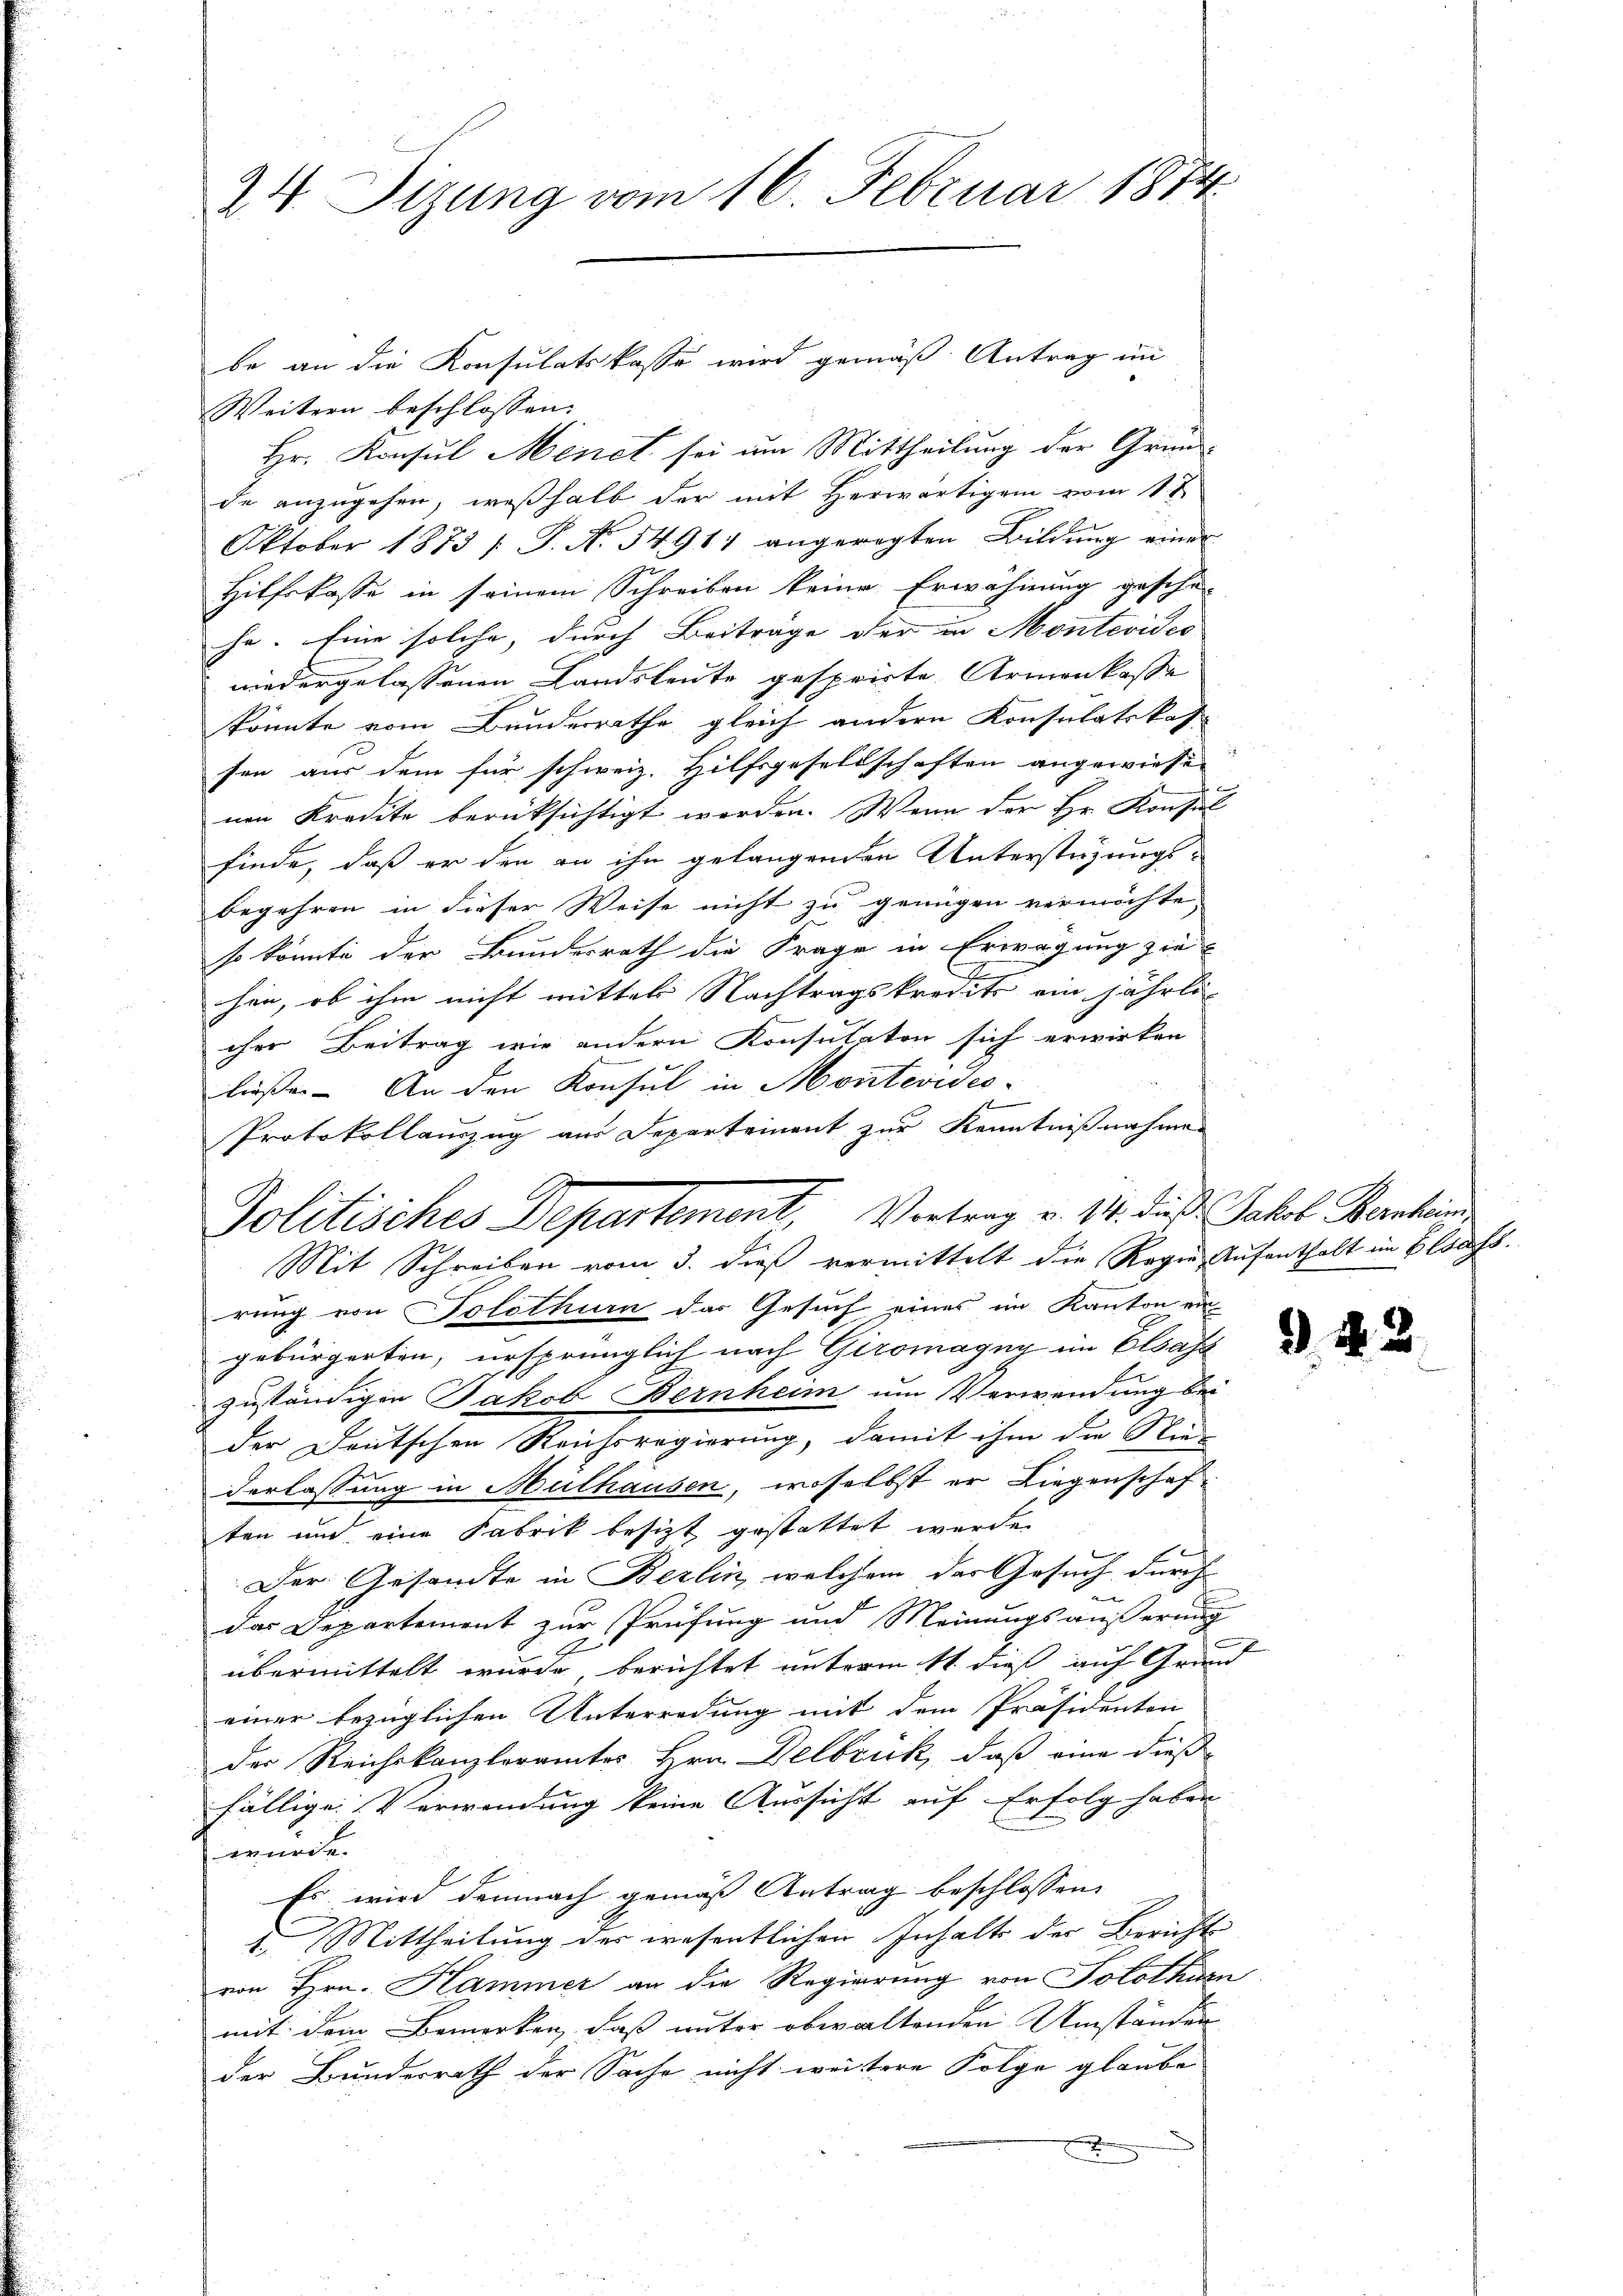
24 Sizung vom 16. Februar 1884.

Weitern beschlossen:
Hr. Konsul Menet sei um Mittheilung der Grund-
n
de anzugehen, weßhalb der mit Herwärtigen vom 11.
Oktober 1873 / P. No. 5491) angeregten Bildŭng einer
Hilfskasse in seinem Schreiben keine Erwähnung gesche-
he. Eine solche, durch Beiträge der in Montevides
wiedergelassenen Landsleute gesprirte Armenkasse
könnte vom Bunderrathe gleich andern Konsulatskassen aus dem für schweiz. Hilfsgesellschaften angewiesen
nen Kredite berüksichtigt worden. Wenn der Hr. Konsul
finde, daß er den an ihn gelangenden Unterstehungsbegehren in dieser Weise nicht zu genügen vermöchte. |
so könnte der Bundesrath die Frage in Erwägung zi
hen, ob ihm nicht mittel Nachtragskredits ein jährli
cher Beitrag wie andern Konsulaten sich erwirken
ließe. An den Konsul in Montevides-
Protokollauszug aus Deperteinent zur Kenntnißnahmen
Mit Schreiben vom 3. dieß vermittelt die Regie Aufenthalt im Blaufs
rung von Solothurn das Gesuch eines im Kanton ein
gebürgerten, ursprünglich nach Giromagny im Elsass
zuständigen Jakob Bernheim um Verwendung beder Deutschen Reichsregierung, damit ihm die Niederlassung in Mülhausen, woselbst er Liegenschaften und eine Fabrik besizt gestattet werde.
Der Gesandte in Berlin, welchem der Gesuch durch
das Departement zur Prüfung und Meinungsäußerung
übermittelt wurde berichtet unterm 11. dieß auf Grund
einer bezüglichen Unterredung mit dem Präsidenten
der Reichskanzleramtes Hrn. Delbrück, daß eine dieß
fällige Verwendung keine Aussicht auf Erfolg haben
würde.
Es wird demnach gemäß Antrag beschlossen,
1. Mittheilung ders wesentlichen Inhalte der Berichte
von Hrn. Hammer an die Regierung von Solothurn
mit dem Bemerken, daß unter obwaltenden Umständen
der Bundesrath der Sache nicht weitere Folge glaube

be an die Konsulatskasse wird gemäß Antrag im

Politisches Departement, Vortrag v. 11. dieß Jakob Kerken

.

2